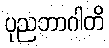
ပုညဘာဂါတိ